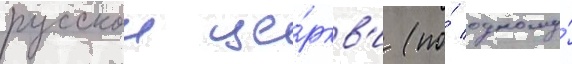
русскои це́ркв'и (по́ одному́